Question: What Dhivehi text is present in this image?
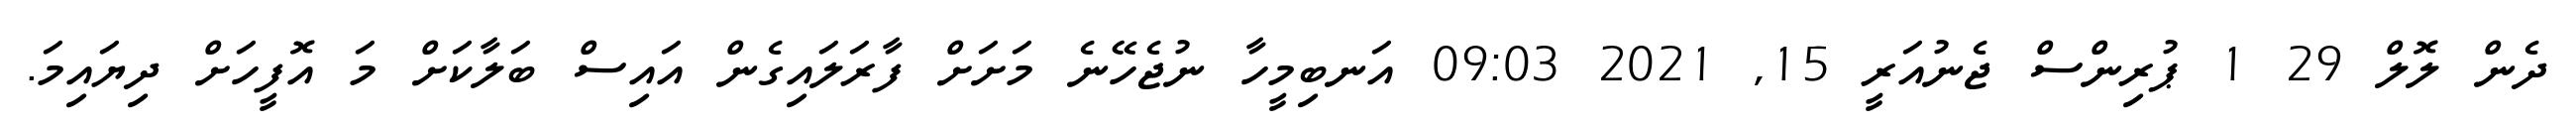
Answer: ދެން ލޮލް 29 1 ޕުރިންސް ޖެނުއަރީ 15, 2021 09:03 އަނބިމީހާ ނުޖެހޭނެ މަށަށް ފާރަލައިގެން އައިސް ބަލާކަށް މަ އޮފީހަށް ދިޔައިމަ.